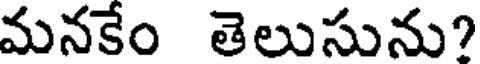
మనకేం తెలుసును?